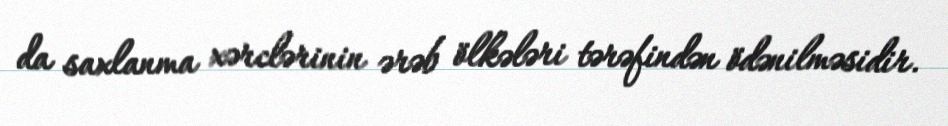
da saxlanma xərclərinin ərəb ölkələri tərəfindən ödənilməsidir.